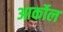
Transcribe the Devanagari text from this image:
आर्कोल